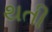
થતી